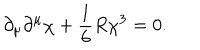
\partial _ { \mu } \partial ^ { \mu } \chi + \frac { 1 } { 6 } R \chi ^ { 3 } = 0 .